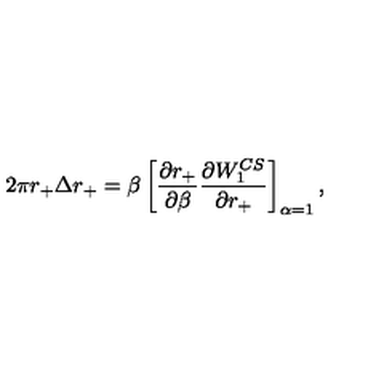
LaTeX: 2 \pi r _ { + } \Delta r _ { + } = \beta \left[ { \frac { \partial { r _ { + } } } { \partial \beta } } { \frac { \partial { W _ { 1 } ^ { C S } } } { \partial r _ { + } } } \right] _ { \alpha = 1 } ,